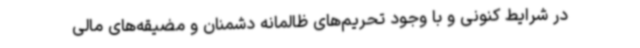
در شرایط کنونی و با وجود تحریم‌های ظالمانه دشمنان و مضیقه‌های مالی